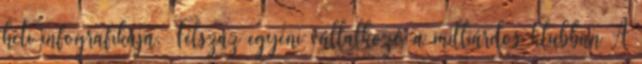
heti infografikája. Félszáz egyéni vállalkozó a milliárdos klubban A